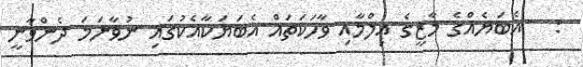
:   އެބަޔެއްގެ މާޒީގެ ޢިލްމާއި ވާހަކަތައް އެބަޔަކާއެކުގައި ނުވާނަމަ ދެންވާނީ